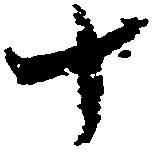
十